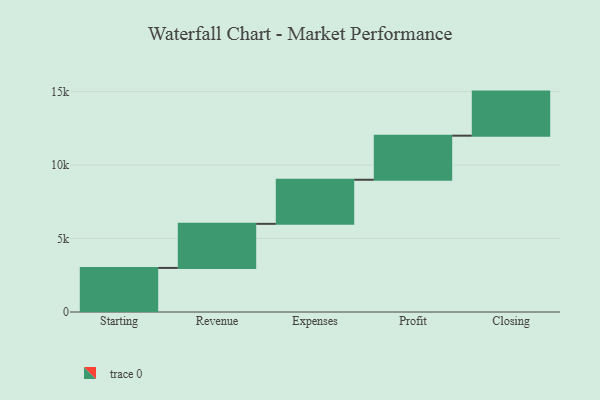
{"axis": {"x": "Step", "y": "Value"}, "legend": [""], "data": [{"x": "Starting", "y": 3000, "type": ""}, {"x": "Revenue", "y": 3000, "type": ""}, {"x": "Expenses", "y": 3000, "type": ""}, {"x": "Profit", "y": 3000, "type": ""}, {"x": "Closing", "y": 3000, "type": ""}]}